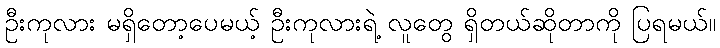
ဦးကုလား မရှိတော့ပေမယ့် ဦးကုလားရဲ့ လူတွေ ရှိတယ်ဆိုတာကို ပြရမယ်။